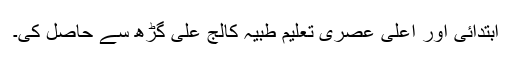
ابتدائی اور اعلیٰ عصری تعلیم طبیہ کالج علی گڑھ سے حاصل کی۔